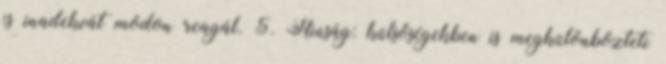
is inadekvát módon reagál. 5. Hiúság: külsőségekben is megkülönbözteti